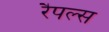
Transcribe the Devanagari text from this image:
रैपल्स